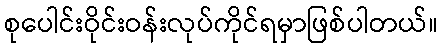
စုပေါင်းဝိုင်းဝန်းလုပ်ကိုင်ရမှာဖြစ်ပါတယ်။